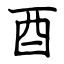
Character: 酉